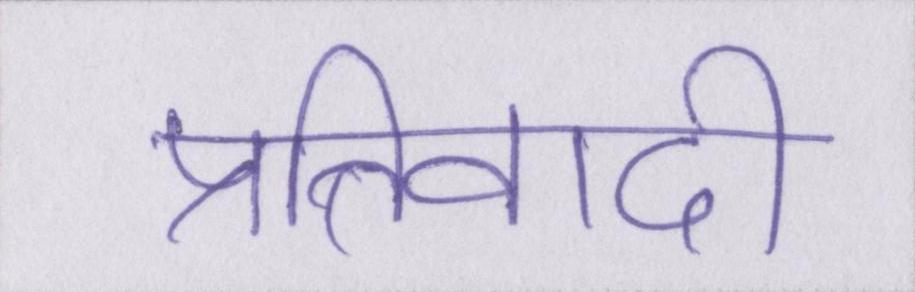
प्रतिवादी